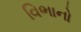
વિભાનો